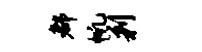
都帆剿